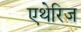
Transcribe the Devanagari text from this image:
एथेरिज